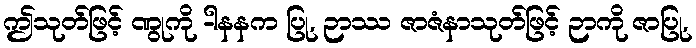
ဤသုတ်ဖြင့် ဏွုကို -ါနနက ပြု, ဉာဿ ဇာဇံနာသုတ်ဖြင့် ဉာကို ဇာပြု,